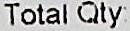
TOTAL QTY: